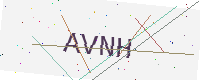
Text: AVNH